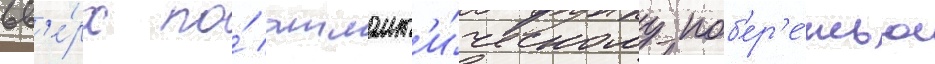
вв'е́рх по́ атлант'и́ческому поб'ер'е́жью